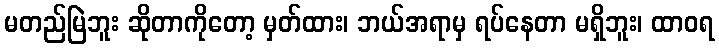
မတည်မြဲဘူး ဆိုတာကိုတော့ မှတ်ထား၊ ဘယ်အရာမှ ရပ်နေတာ မရှိဘူး၊ ထာဝရ